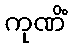
ကုဏိံ